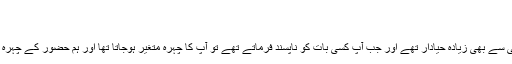
ایثار >
حیا کے نمونے
حضرت ابوسعید خدریؓ کہتے ہیں کہ حضورؐ پردہ نشین کنواری لڑکی سے بھی زیادہ حیادار تھے اور جب آپؐ کسی بات کو ناپسند فرماتے تھے تو آپؐ کا چہرہ متغیر ہوجاتا تھا اور ہم حضورؐ کے چہرہ سے پہچان لیتے تھے کہ حضورؐ نے کسی بات کو ناپسند فرمایا ہے۔